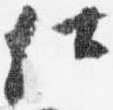
仕